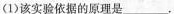
(1)该实验依据的原理是___.